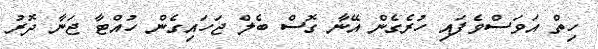
ހިތް އަވަސްވެފައި ހުރެގެން އޭނާ ގޮސް ބެލް ޖަހައިގެން ހުއްޓާ ޖަނާ ދޮރު